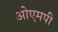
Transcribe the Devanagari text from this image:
ओएमपी